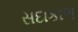
સદાકાળ